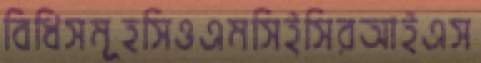
বিধিসমূহসিওএমসিইসিরআইএস